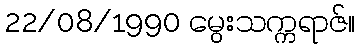
22/08/1990 မွေးသက္ကရာဇ်။